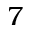
7